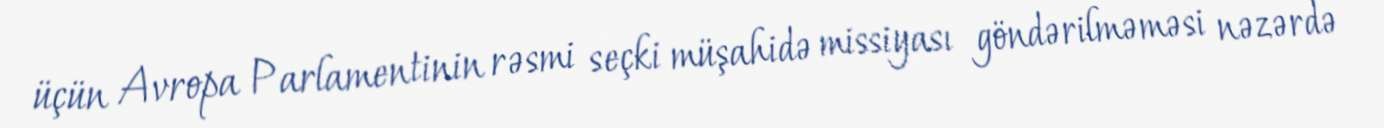
üçün Avropa Parlamentinin rəsmi seçki müşahidə missiyası göndərilməməsi nəzərdə